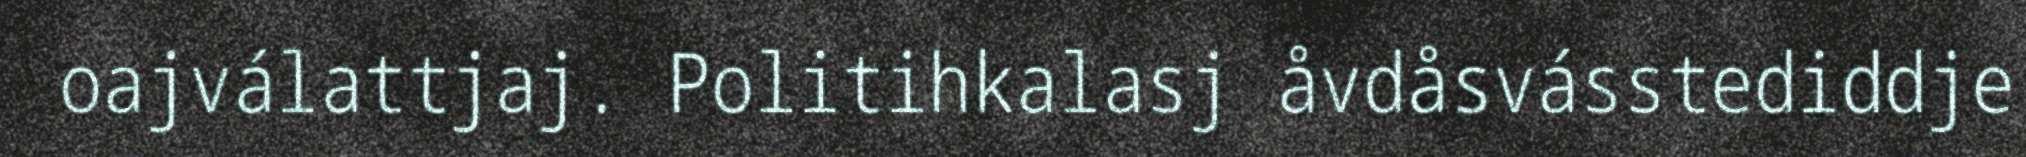
oajválattjaj. Politihkalasj åvdåsvásstediddje